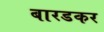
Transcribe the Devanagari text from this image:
बारडकर